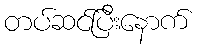
တပ်ဆင်ပြီးနောက်